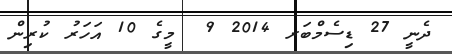
ދެނީ 27 ޑިސެމްބަރ 2014 9  މީގެ 10 އަހަރު ކުރިން